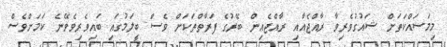
މިމަސައްކަތަށް ޝައުގުވެރިވާ ރާއްޖެއާއި ރާއްޖެއިން ބޭރުގެ ފަރާތްތަކަށް ވެސް ބީލަމުގައި ބައިވެރިވެވޭނެ ކަމަށްވެސް